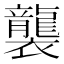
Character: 襲